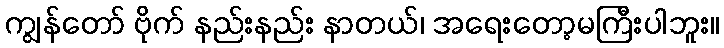
ကျွန်တော် ဗိုက် နည်းနည်း နာတယ်၊ အရေးတော့မကြီးပါဘူး။